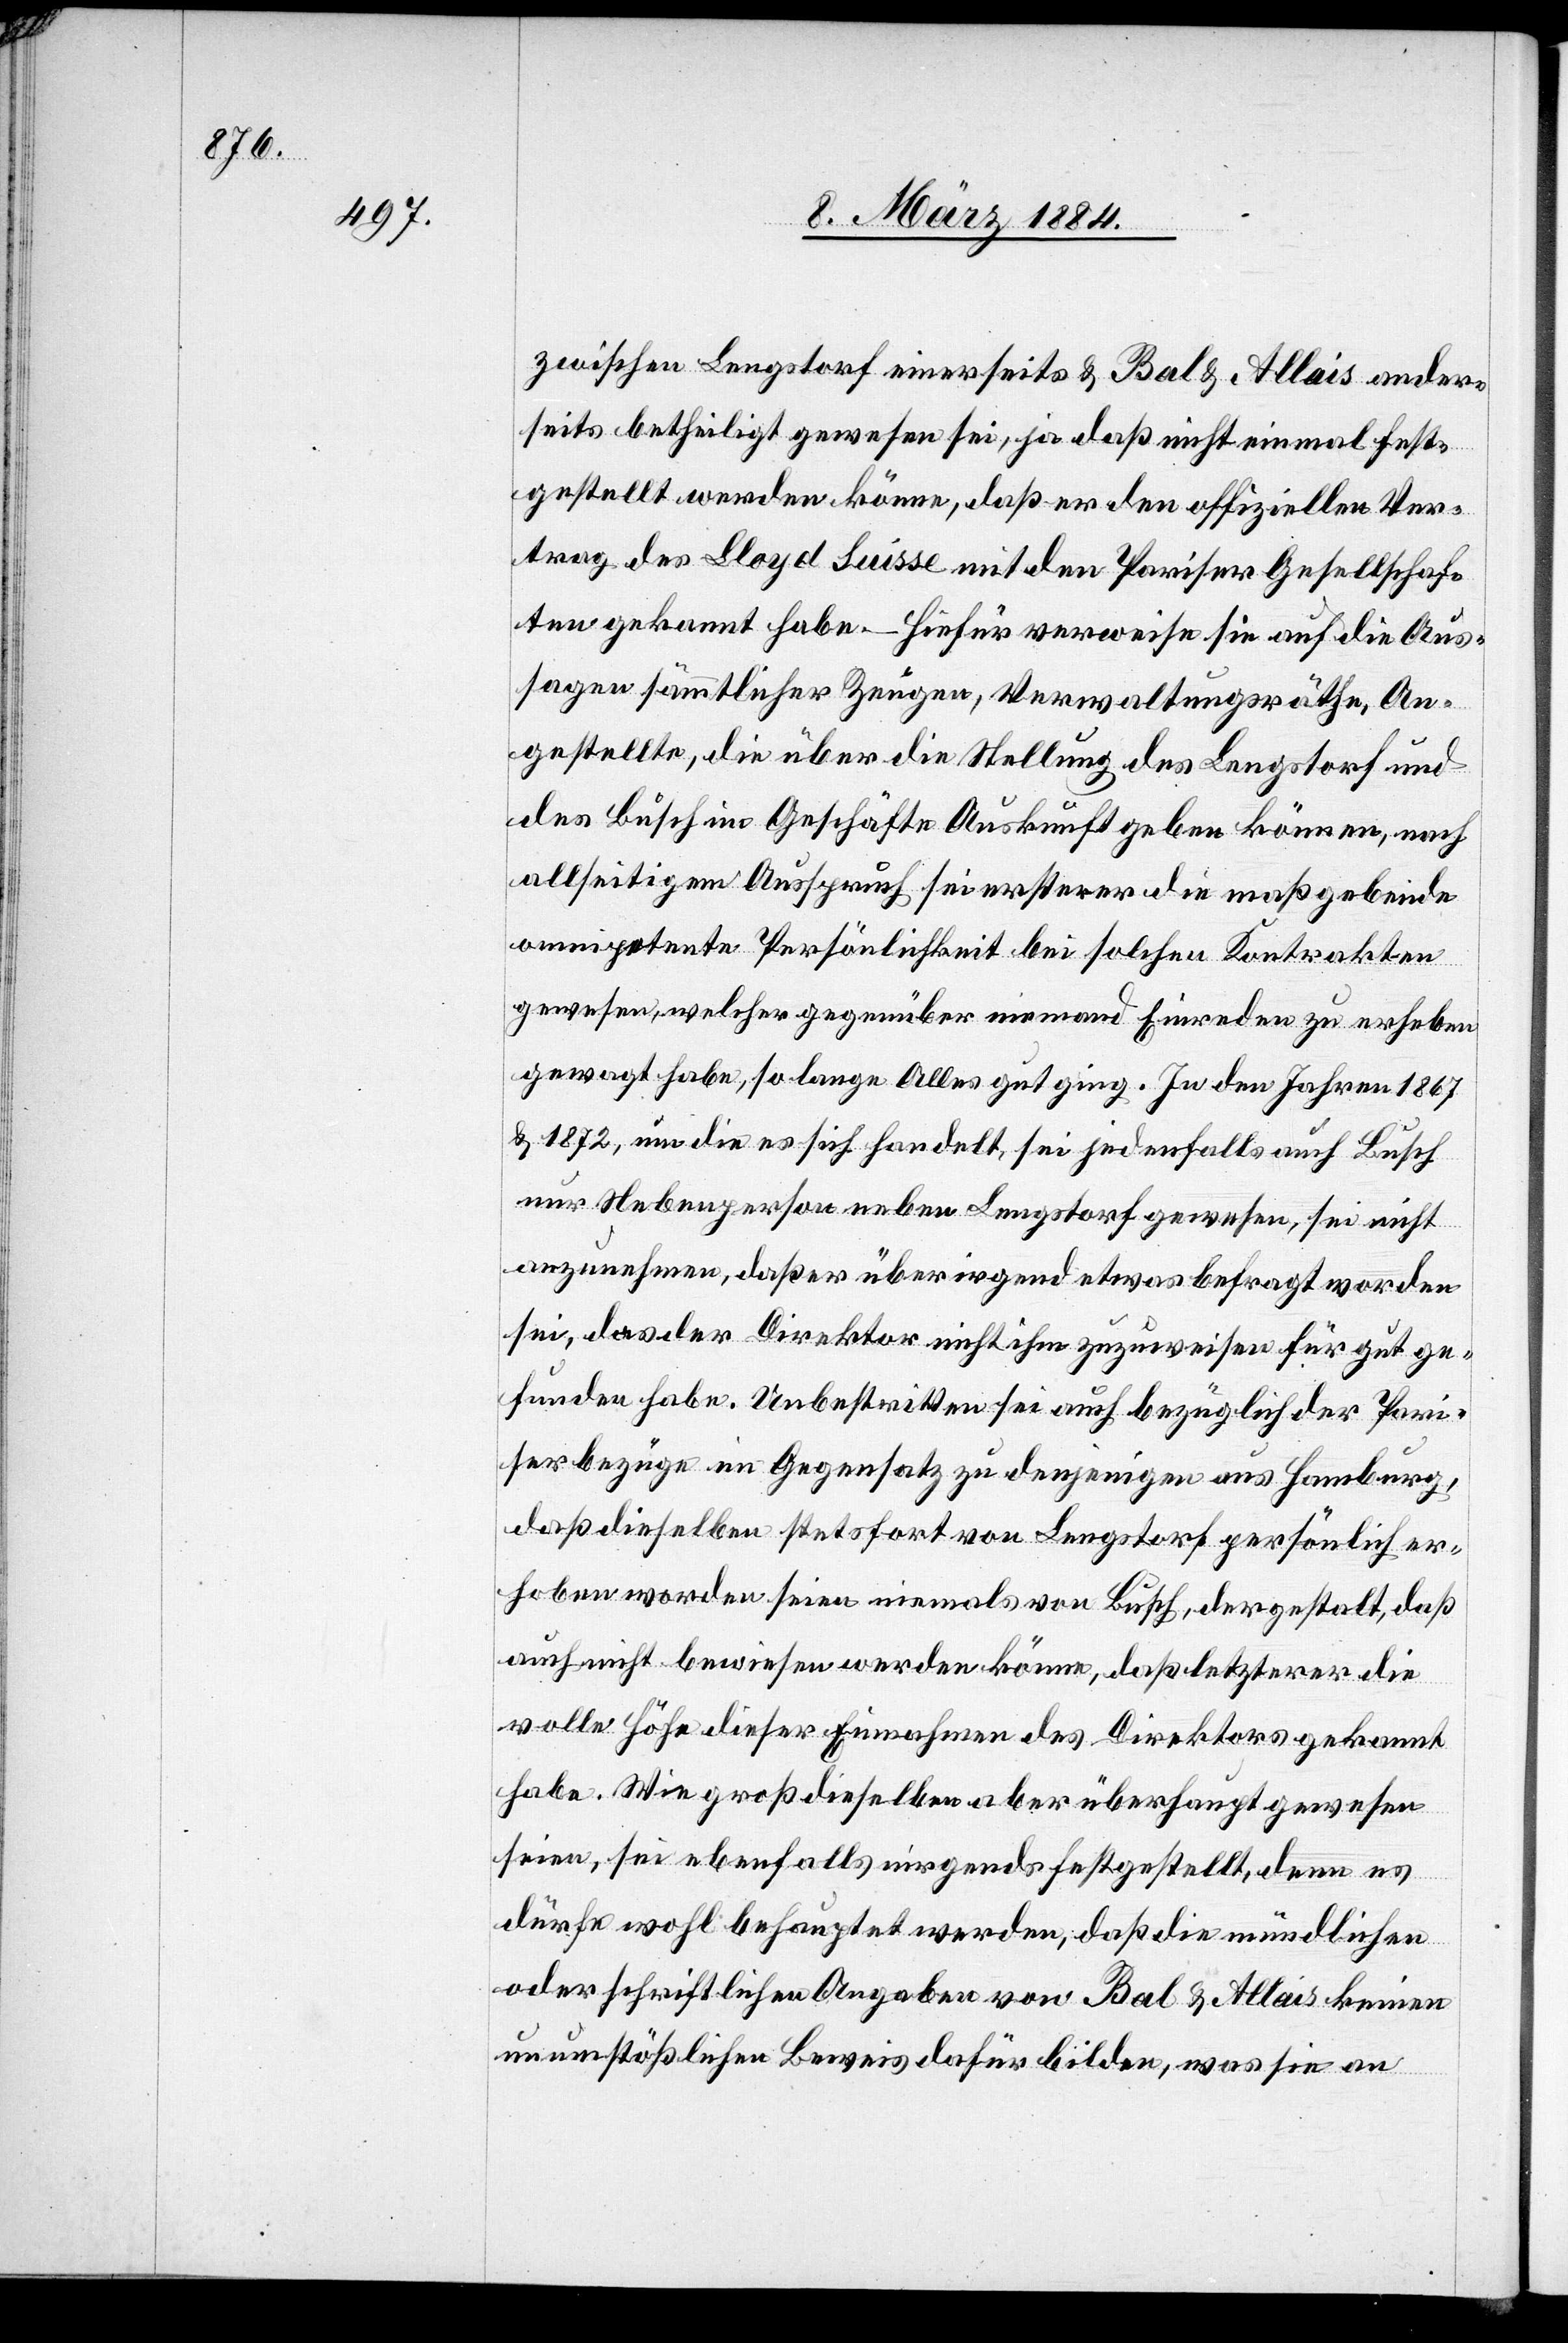
zwischen Lengstorf einerseits & Bal & Allais ander¬
seits betheiligt gewesen sei, ja daß nicht einmal fest¬
gestellt werden könne, daß er den offiziellen Ver¬
trag des Lloyd Suisse mit den Pariser Gesellschaf¬
ten gekannt habe – hierauf verweise sie auf die Aus¬
sage sämmtlicher Zeugen, Verwaltungsräthe, An¬
gestellten, die über die Stellung des Lengstorf und
des Busch im Geschäfte Auskunft geben können, nach
allseitigem Anspruch sei ersterer die maßgebende
omnipotente Persönlichkeit bei solchen Kontrakten
gewesen, welcher gegenüber niemand Einreden zu erheben
gewagt habe, so lange Alles gut ging. In den Jahren 1867
& 1872, um die es sich handelt, sei jedenfalls auch Busch
nur Nebenperson neben Lengstorf gewesen, sei nicht
anzunehmen, daß er über irgend etwas befragt worden
sei, das der Direktor nicht ihm zuzuweisen für gut ge¬
funden habe. Unbestritten sei auch bezüglich der Pari¬
ser Bezüge ein Gegensatz zu denjenigen aus Hamburg,
daß dieselben stetsfort von Lengstorf persönlich er¬
hoben worden seien niemals von Busch, dergestalt, daß
auch nicht bewiesen werden könne, daß letzterer die
volle Höhe dieser Einnahmen des Direktors gekannt
habe. Wie groß dieselben aber überhaupt gewesen
seien, sei ebenfalls nirgends festgestellt, denn es
dürfe wohl behauptet werden, daß die mündlichen
oder schriftlichen Angaben von Bal & Allais keinen
unumstößlichen Beweis dafür bilden, was sie an